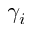
\gamma _ { i }